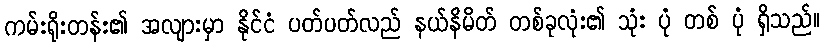
ကမ်းရိုးတန်း၏ အလျားမှာ နိုင်ငံ ပတ်ပတ်လည် နယ်နိမိတ် တစ်ခုလုံး၏ သုံး ပုံ တစ် ပုံ ရှိသည်။